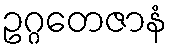
ဥဂ္ဂတေဇာနံ